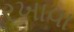
રખાવા